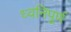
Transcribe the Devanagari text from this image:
ध्वनिपूर्ण